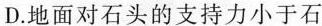
D.地面对石头的支持力小于石